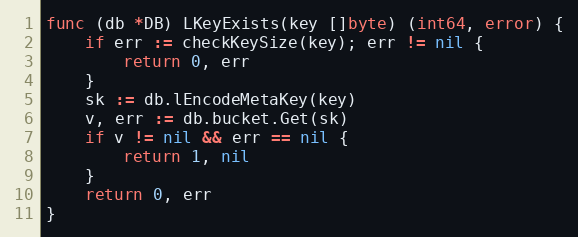
Language: Go
func (db *DB) LKeyExists(key []byte) (int64, error) {
	if err := checkKeySize(key); err != nil {
		return 0, err
	}
	sk := db.lEncodeMetaKey(key)
	v, err := db.bucket.Get(sk)
	if v != nil && err == nil {
		return 1, nil
	}
	return 0, err
}